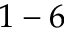
1 - 6